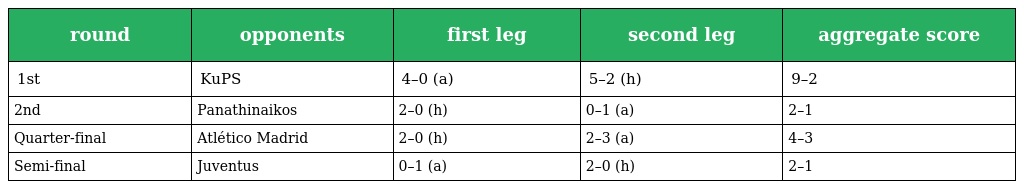
| round | opponents | first leg | second leg | aggregate score |
 | --- | --- | --- | --- | --- |
 | 1st | KuPS | 4–0 (a) | 5–2 (h) | 9–2 |
 | 2nd | Panathinaikos | 2–0 (h) | 0–1 (a) | 2–1 |
 | Quarter-final | Atlético Madrid | 2–0 (h) | 2–3 (a) | 4–3 |
 | Semi-final | Juventus | 0–1 (a) | 2–0 (h) | 2–1 |